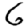
Digit: 6